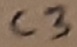
Text: C3